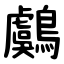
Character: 鸆